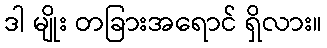
ဒါ မျိုး တခြားအရောင် ရှိလား။